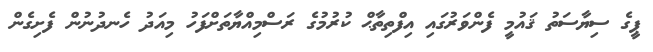
ޕީގެ ސިޔާސަތު ޤައުމީ ފެންވަރުގައި އިފްތިތާޙް ކުރުމުގެ ރަސްމިއްޔާތަށްފަހު މިއަދު ހެނދުނުން ފެށިގެން